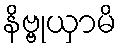
နိဗ္ဗုယှာမိ